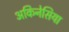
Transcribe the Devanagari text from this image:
अकिनेसिया